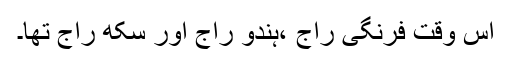
اس وقت فرنگی راج ،ہندو راج اور سکھ راج تھا۔